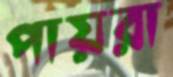
পায়রা